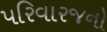
પરિવારજનો